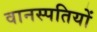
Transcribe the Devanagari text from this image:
वानस्पतियों